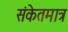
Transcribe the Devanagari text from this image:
संकेतमात्र